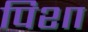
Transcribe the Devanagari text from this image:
पिशा